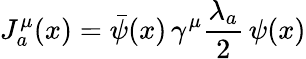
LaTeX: J_{a}^{\mu}(x)=\bar{\psi}(x)\, \gamma^{\mu}\frac{\lambda_{a}}2\, \psi(x)